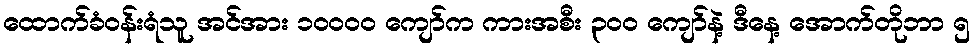
ထောက်ခံဝန်းရံသူ အင်အား ၁၀၀၀၀ ကျော်က ကားအစီး ၃၀၀ ကျော်နဲ့ ဒီနေ့ အောက်တိုဘာ ၅